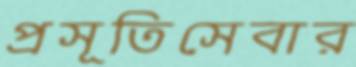
প্রসূতিসেবার